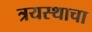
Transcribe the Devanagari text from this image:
त्रयस्थाचा